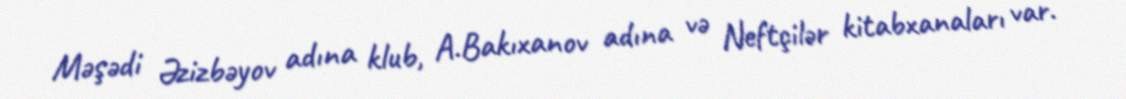
Məşədi Əzizbəyov adına klub, A.Bakıxanov adına və Neftçilər kitabxanaları var.